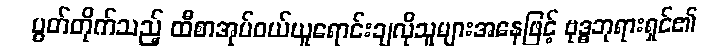
ပွတ်တိုက်သည့် ထီစာအုပ်ဝယ်ယူရောင်းချလိုသူများအနေဖြင့် ဗုဒ္ဓဘုရားရှင်၏